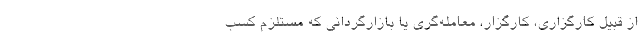
از قبیل کارگزاری، کارگزار، معامله‌گری یا بازارگردانی که مستلزم کسب